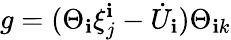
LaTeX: g=(\Theta_{\mathbf{i}}\xi_{j}^{\mathbf{i}}-{\dot{{U}}}_{\mathbf{i}})\Theta_{\mathbf{i}k}